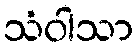
သံဝါသာ